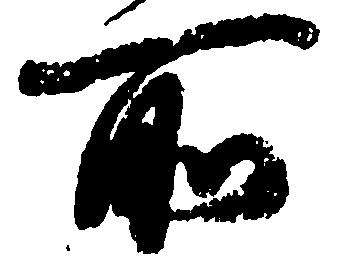
所